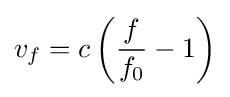
v_{f}=c\left({\frac {f}{f_{0}}}-1\right)